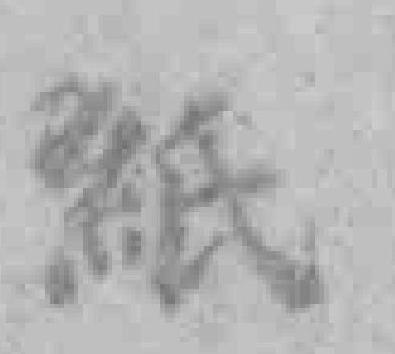
紙